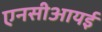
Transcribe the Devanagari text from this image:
एनसीआयई